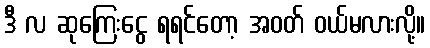
ဒီ လ ဆုကြေးငွေ ရရင်တော့ အဝတ် ဝယ်မလားလို့။